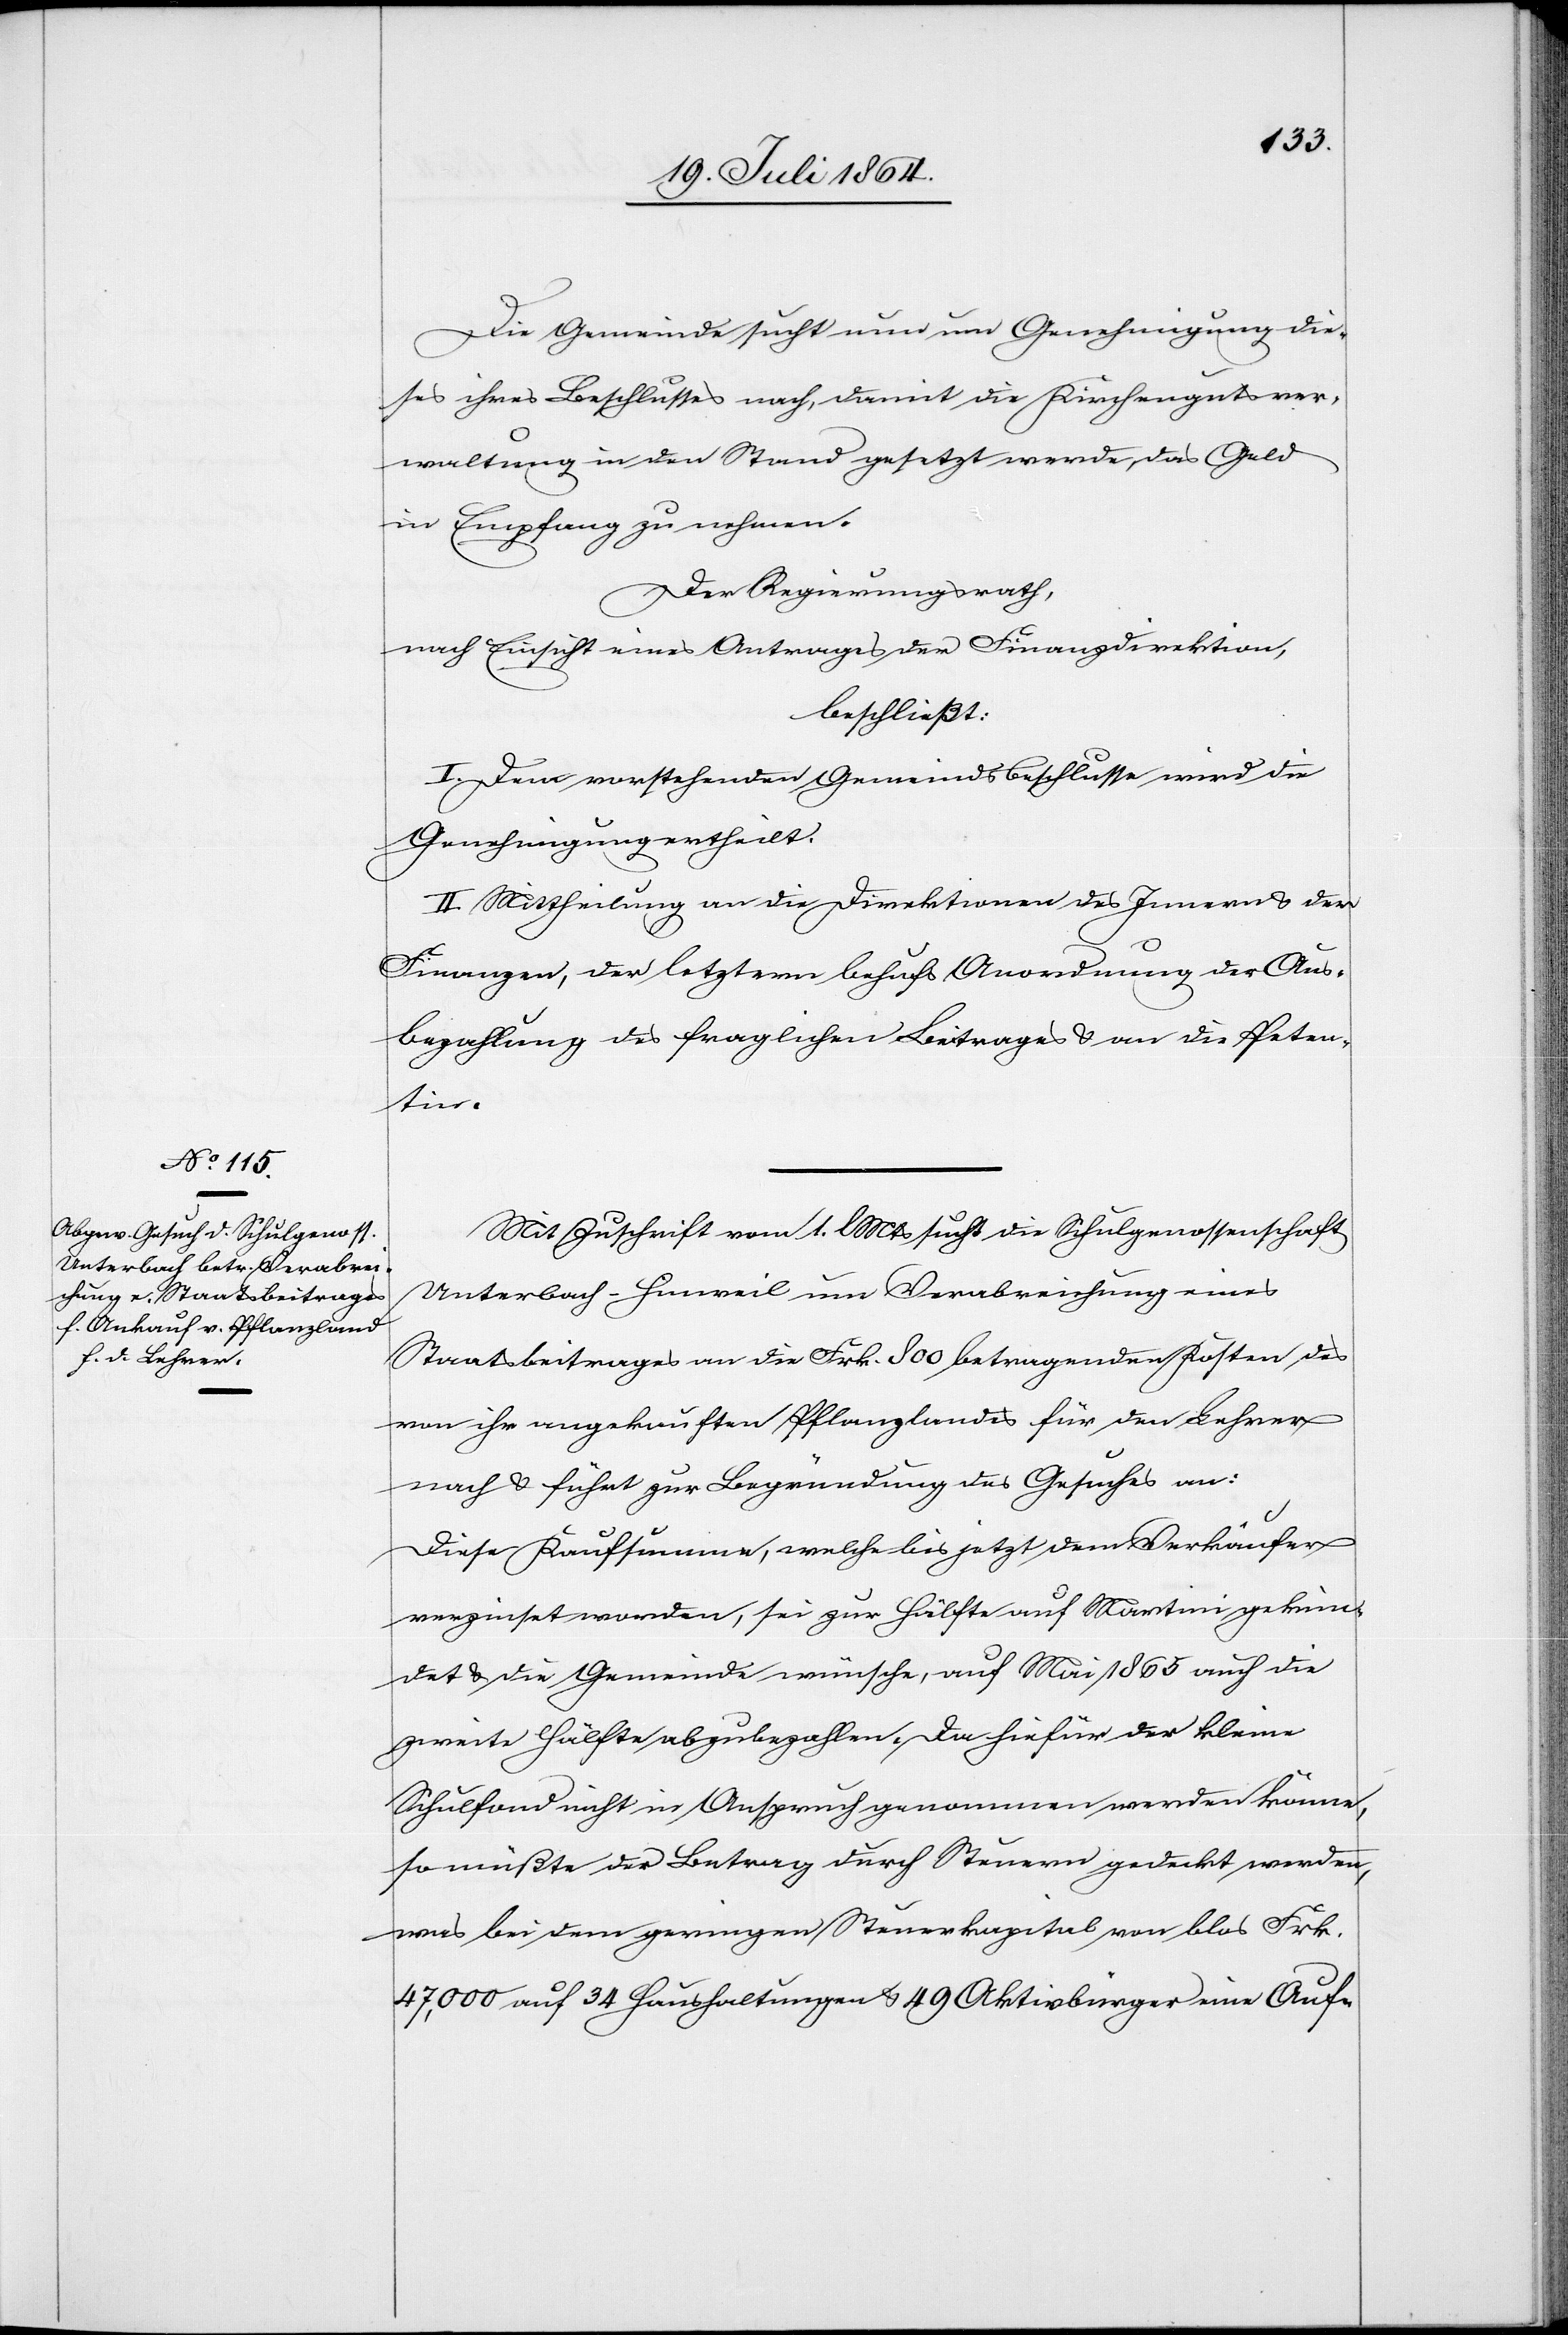
Die Gemeinde sucht nun um Genehmigung die¬
ses ihres Beschlusses nach, damit die Kirchengutsver¬
waltung in den Stand gesetzt werde, das Geld
in Empfang zu nehmen.
Der Regierungsrath,
nach Einsicht eines Antrages der Finanzdirektion,
beschließt:
I. Dem vorstehenden Gemeindsbeschlusse wird die
Genehmigung ertheilt.
II. Mittheilung an die Direktionen des Innern u. der
Finanzen, der letztern behufs Anordnung der Aus¬
bezahlung des fraglichen Beitrages u. an die Peten¬
tin.
Mit Zuschrift vom 1. l. Mts. sucht die Schulgenossenschaft
Unterbach-Hinweil um Verabreichung eines
Staatsbeitrages an die Frk. 800 betragenden Kosten des
von ihr angekauften Pflanzlandes für den Lehrer
nach u. führt zur Begründung des Gesuches an:
Diese Kaufsumme, welche bis jetzt dem Verkäufer
verzinset worden, sei zur Hälfte auf Martini gekün¬
det u. die Gemeinde wünsche, auf Mai 1865 auch die
zweite Hälfte abzubezahlen. Da hiefür der kleine
Schulfond nicht in Anspruch genommen werden könne,
so müßte der Betrag durch Steuern gedeckt werden,
was bei dem geringen Steuerkapital von blos Frk.
47,00 auf 34 Haushaltungen u. 49 Aktivbürger eine Auf-